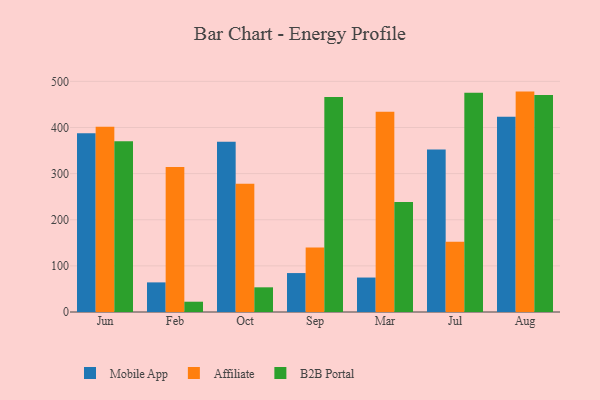
{"axis": {"x": "Month", "y": "Churn Rate (%)"}, "legend": ["Affiliate", "B2B Portal", "Mobile App"], "data": [{"x": "Jun", "y": 387.3, "type": "Mobile App"}, {"x": "Jun", "y": 401.7, "type": "Affiliate"}, {"x": "Jun", "y": 369.9, "type": "B2B Portal"}, {"x": "Feb", "y": 64.2, "type": "Mobile App"}, {"x": "Feb", "y": 314.4, "type": "Affiliate"}, {"x": "Feb", "y": 22.3, "type": "B2B Portal"}, {"x": "Oct", "y": 369.3, "type": "Mobile App"}, {"x": "Oct", "y": 278.3, "type": "Affiliate"}, {"x": "Oct", "y": 53.5, "type": "B2B Portal"}, {"x": "Sep", "y": 84.4, "type": "Mobile App"}, {"x": "Sep", "y": 139.7, "type": "Affiliate"}, {"x": "Sep", "y": 466.1, "type": "B2B Portal"}, {"x": "Mar", "y": 74.7, "type": "Mobile App"}, {"x": "Mar", "y": 434.0, "type": "Affiliate"}, {"x": "Mar", "y": 238.4, "type": "B2B Portal"}, {"x": "Jul", "y": 352.5, "type": "Mobile App"}, {"x": "Jul", "y": 152.3, "type": "Affiliate"}, {"x": "Jul", "y": 475.3, "type": "B2B Portal"}, {"x": "Aug", "y": 423.3, "type": "Mobile App"}, {"x": "Aug", "y": 477.8, "type": "Affiliate"}, {"x": "Aug", "y": 470.6, "type": "B2B Portal"}]}